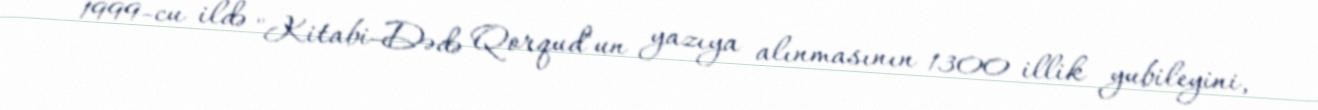
1999-cu ildə "Kitabi-Dədə Qorqud"un yazıya alınmasının 1300 illik yubileyini,